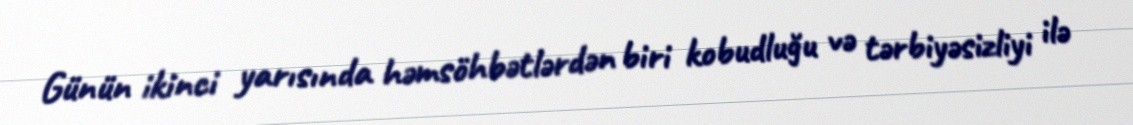
Günün ikinci yarısında həmsöhbətlərdən biri kobudluğu və tərbiyəsizliyi ilə